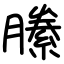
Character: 縢